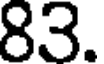
83.